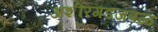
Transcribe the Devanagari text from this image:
अशीरगडजवळ